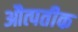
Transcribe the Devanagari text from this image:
औत्पतीक